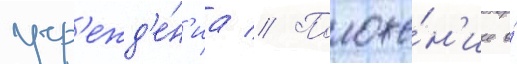
учр'ежд'е́н'иа // Положе́н'ие о́